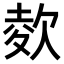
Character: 𣣋